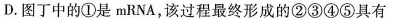
D. 图丁中的①是 mRNA，该过程最终形成的②③④⑤具有